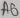
Text: A0